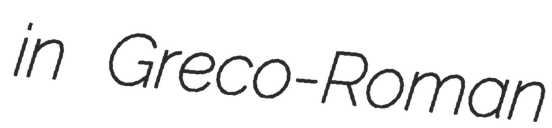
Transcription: in Greco-Roman